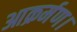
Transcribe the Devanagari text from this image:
आक्रर्मण।